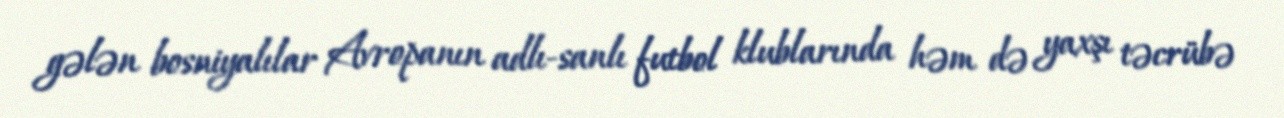
gələn bosniyalılar Avropanın adlı-sanlı futbol klublarında həm də yaxşı təcrübə